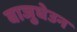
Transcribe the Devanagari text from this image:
बाजुघेउन